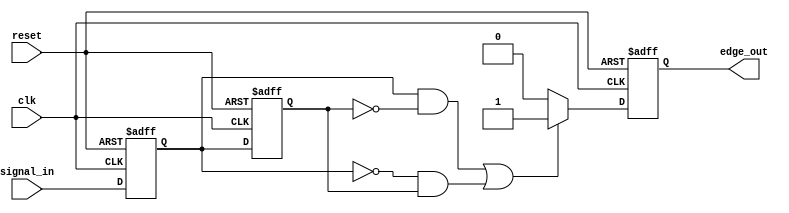
module SchmittTriggerEdgeDetector (
    input wire clk,           // Clock input
    input wire reset,         // Active high reset
    input wire signal_in,     // Input signal to detect edges
    output reg edge_out       // Output pulse for detected edges
);

    // Internal signals for the state of the flip-flops
    reg current_state;        // Current state flip-flop (CSFF)
    reg previous_state;       // Previous state flip-flop (PSFF)

    // Edge Detector Logic
    wire rising_edge = (current_state == 1'b1) && (previous_state == 1'b0);
    wire falling_edge = (current_state == 1'b0) && (previous_state == 1'b1);

    // Sequential logic to sample the signal and detect edges
    always @(posedge clk or posedge reset) begin
        if (reset) begin
            current_state <= 1'b0;  // Initialize current state to 0
            previous_state <= 1'b0; // Initialize previous state to 0
            edge_out <= 1'b0;       // Initialize output to 0
        end else begin
            previous_state <= current_state; // Store previous state
            current_state <= signal_in;       // Sample input signal

            // Generate output pulse for detected edges
            if (rising_edge || falling_edge) begin
                edge_out <= 1'b1; // Set output high on edge detection
            end else begin
                edge_out <= 1'b0; // Set output low otherwise
            end
        end
    end

endmodule